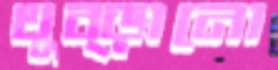
থুব্‌ড়ানো